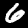
Label: 6